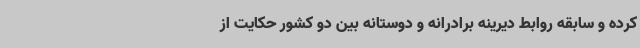
کرده و سابقه روابط دیرینه برادرانه و دوستانه بین دو کشور حکایت از